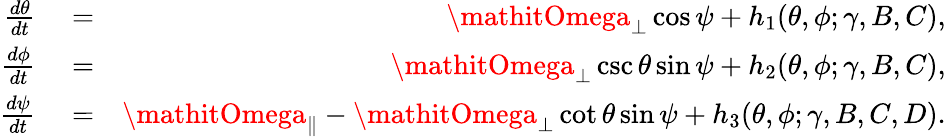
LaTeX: \begin{array}{rlr}{\frac{d\theta}{dt}}&{{}=}&{\mathitOmega_{\perp}\cos\psi+h_{1}(\theta,\phi;\gamma,B,C),}\\ {\frac{d\phi}{dt}}&{{}=}&{\mathitOmega_{\perp}\csc\theta\sin\psi+h_{2}(\theta,\phi;\gamma,B,C),}\\ {\frac{d\psi}{dt}}&{{}=}&{\mathitOmega_{\| }-\mathitOmega_{\perp}\cot\theta\sin\psi+h_{3}(\theta,\phi;\gamma,B,C,D).}\end{array}